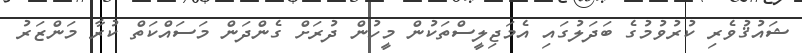
ޝައުޤުވެރި ކުރުވުމުގެ ބަދަލުގައި އެމަޖިލީސްތަކުން މީހުން ދުރަށް ގެންދަން މަސައްކަތް ކުރާ މަންޒަރު